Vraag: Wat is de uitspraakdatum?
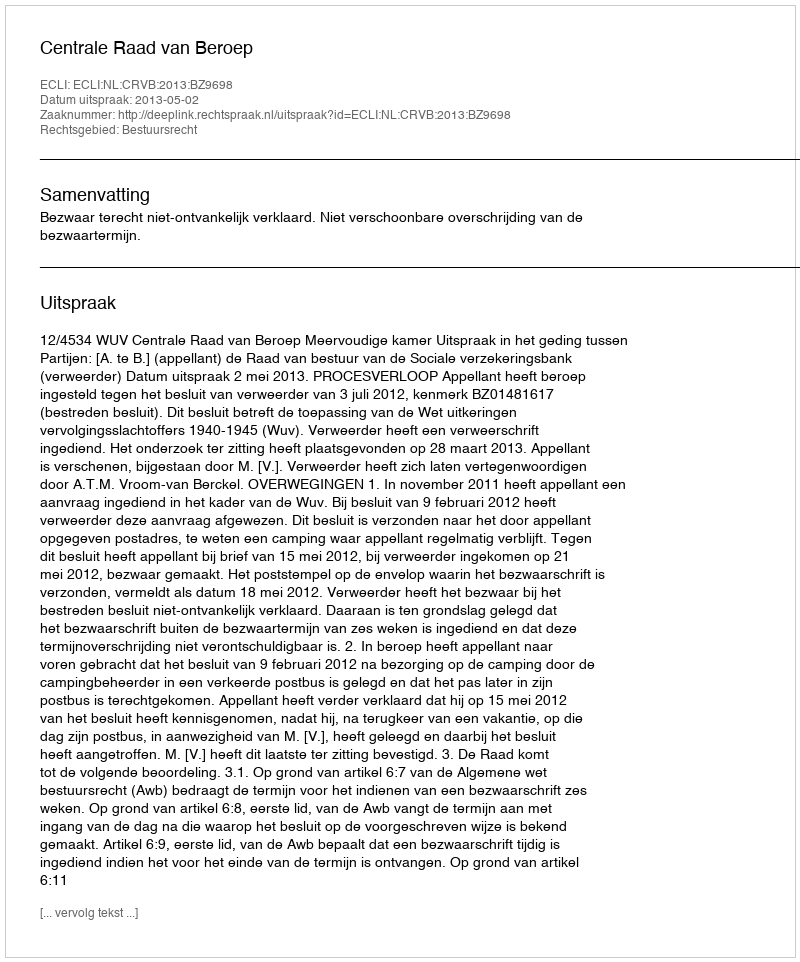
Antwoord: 2013-05-02